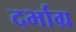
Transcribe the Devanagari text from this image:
दर्भाग्र